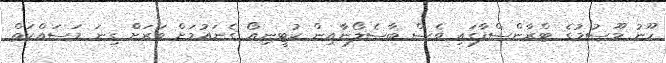
ހޫނު މޫސުމުގެ ޓްރާންސްފާގައި ވެސް ބާސެލޯނާއިން ކުޓީނިއޯ ގެނައުމަށް ވަރަށް ގިނަ މަސައްކަތް